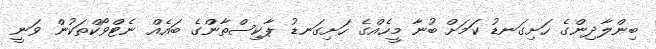
ބިންލާދިންގެ ހަށިގަނޑު ކަމަށް ބުނާ މީހެއްގެ ހަށިގަނޑު ޕާކިސްތާންގެ ބައެއް ނެޓްވޯކްތަކުން ވަނީ